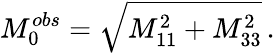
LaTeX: M_{0}^{obs}=\sqrt{M_{11}^{2}+M_{33}^{2}}\, .